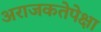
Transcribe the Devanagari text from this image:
अराजकतेपेक्षा